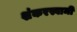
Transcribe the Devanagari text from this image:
शंकरस्वामी